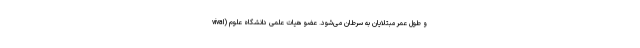
vival) و طول عمر مبتلایان به سرطان می‌شود. عضو هیات علمی دانشگاه علوم